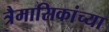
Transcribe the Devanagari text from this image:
त्रैमासिकांच्या